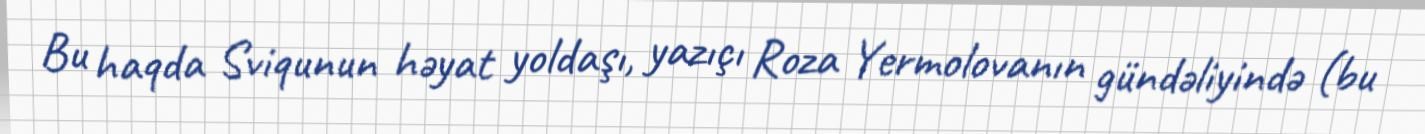
Bu haqda Sviqunun həyat yoldaşı, yazıçı Roza Yermolovanın gündəliyində (bu